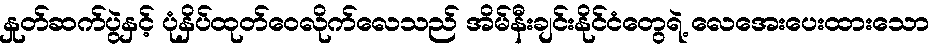
နှုတ်ဆက်ပွဲနှင့် ပုံနှိပ်ထုတ်ဝေလိုက်လေသည် အိမ်နီးချင်းနိုင်ငံတွေရဲ့ လေအေးပေးထားသော